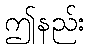
ဤနည်း